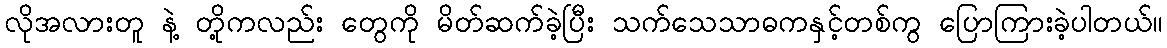
လိုအလားတူ နဲ့ တို့ကလည်း တွေကို မိတ်ဆက်ခဲ့ပြီး သက်သေသာဓကနှင့်တစ်ကွ ပြောကြားခဲ့ပါတယ်။